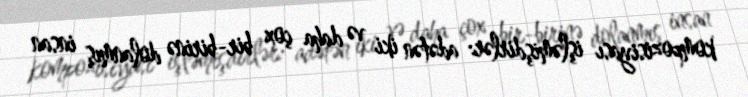
kompozisiyası işləmişdirlər: adətən iki və daha çox bir-birinə dolanmış insan